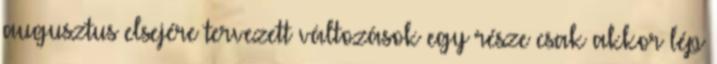
augusztus elsejére tervezett változások egy része csak akkor lép